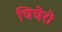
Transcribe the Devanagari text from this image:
चिचेरो